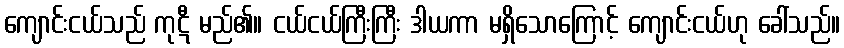
ကျောင်းငယ်သည် ကုဋီ မည်၏။ ငယ်ငယ်ကြီးကြီး ဒါယကာ မရှိသောကြောင့် ကျောင်းငယ်ဟု ခေါ်သည်။